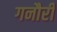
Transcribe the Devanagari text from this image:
गनौरी